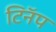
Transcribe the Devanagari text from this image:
टिनॅप